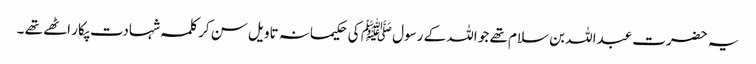
یہ حضرت عبداللہ بن سلام تھے جو اللہ کے رسول ﷺ کی حکیمانہ تاویل سن کر کلمہ شہادت پکار اٹھے تھے ۔